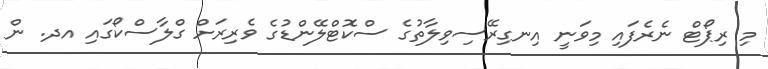
މި ރިޕޯޓް ނެރެފައި މިވަނީ އިނގިރޭސިވިލާތުގެ ސްކޮޓްލޭންޑުގެ ވެރިރަށް ގްލާސްކޯގައި އދ. ން